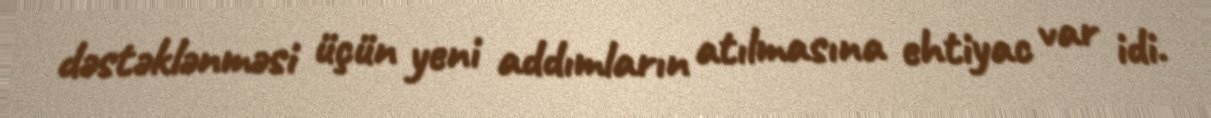
dəstəklənməsi üçün yeni addımların atılmasına ehtiyac var idi.